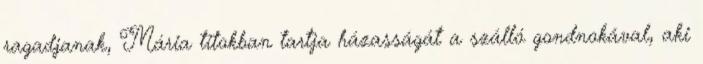
ragadjanak, Mária titokban tartja házasságát a szálló gondnokával, aki